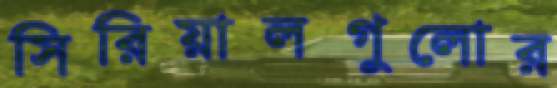
সিরিয়ালগুলোর